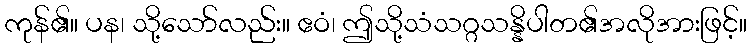
ကုန်၏။ ပန၊ သို့သော်လည်း။ ဧဝံ၊ ဤသို့သံသဂ္ဂသန္နိပါတ၏အလိုအားဖြင့်။